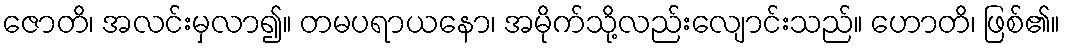
ဇောတိ၊ အလင်းမှလာ၍။ တမပရာယနော၊ အမိုက်သို့လည်းလျောင်းသည်။ ဟောတိ၊ ဖြစ်၏။